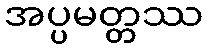
အပ္ပမတ္တဿ